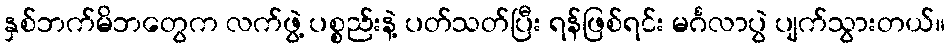
နှစ်ဘက်မိဘတွေက လက်ဖွဲ့ ပစ္စည်းနဲ့ ပတ်သတ်ပြီး ရန်ဖြစ်ရင်း မင်္ဂလာပွဲ ပျက်သွားတယ်။